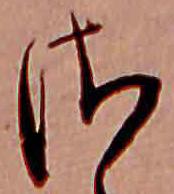
さ